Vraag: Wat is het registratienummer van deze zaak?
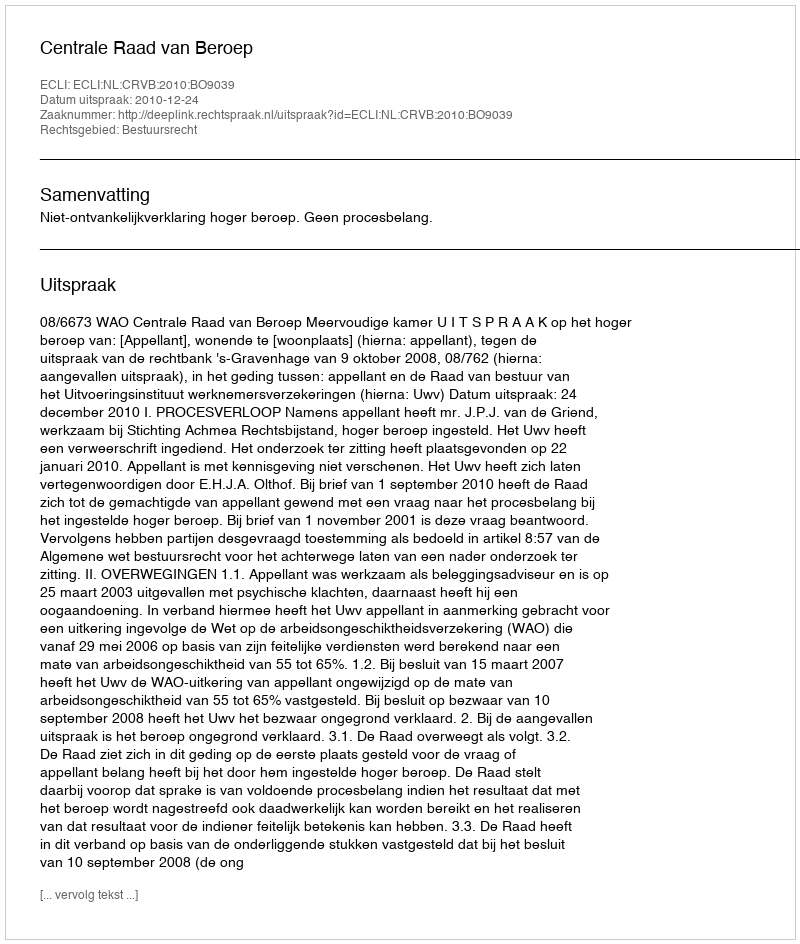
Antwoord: http://deeplink.rechtspraak.nl/uitspraak?id=ECLI:NL:CRVB:2010:BO9039